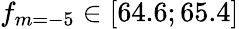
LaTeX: f_{m=-5}\in[64.6;65.4]